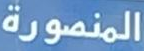
المنصورة